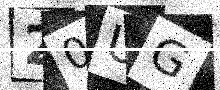
Text: 20UG